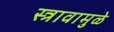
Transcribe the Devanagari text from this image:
स्त्रावामुळे